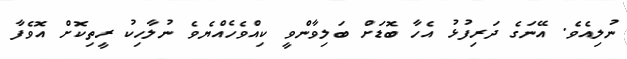
ނުލިއެވެ. އޭނަގެ ދަރިފުޅު އެހާ ބޮޑަށް ބަލިވާންވީ ކިއްވެހެއްޔެވެ ނުލާހިކު ރީތިކޮށް އޮވެފާ